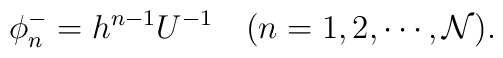
\phi^-_n=h^{n-1}U^{-1}  \quad (n=1,2,\cdots,{\cal N}).